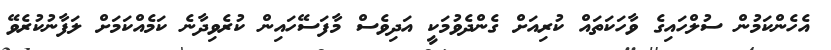
އެހެންކަމުން ސުލްހައިގެ ވާހަކަތައް ކުރިއަަށް ގެންދެވުމަކީ އަދިވެސް މާފަސޭހައިން ކުރެވިދާނެ ކަމެއްކަމަށް ލަފާނުކުރެވޭ